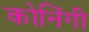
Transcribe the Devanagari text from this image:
कोनिंगी